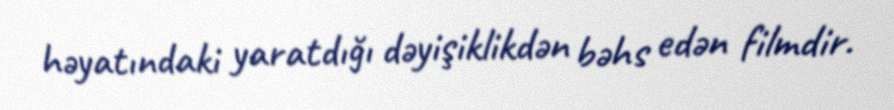
həyatındaki yaratdığı dəyişiklikdən bəhs edən filmdir.